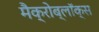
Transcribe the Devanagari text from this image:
मैक्रोब्लॉक्स